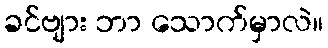
ခင်ဗျား ဘာ သောက်မှာလဲ။